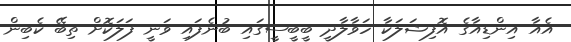
އެއާ އިންޑިއާގެ އޮފިޝަލަކާ ހަވާލާދީ ބީބީސީގައި ބުނެފައި ވަނީ ފަލަކޮށް ތިބޭ ކެބިން